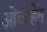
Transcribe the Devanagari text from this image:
ओवरहेम